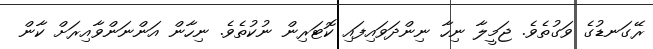
ރޭގަނޑުގެ ވަގުތެވެ. ޖަމީލާ ނިހާ ނިންދަވައިފައި ކޮޓަރިން ނުކުތެވެ. ނިހާން އަންނަންވާއިރަށް ކާން